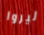
ليروا